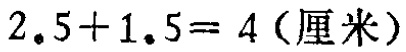
\(2.5 + 1.5 = 4\)（厘米）